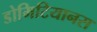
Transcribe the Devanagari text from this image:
डोमिटियानस